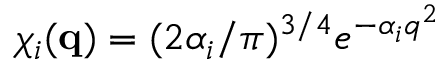
\chi _ { i } ( \ensuremath { \mathbf { q } } ) = ( 2 \alpha _ { i } / \pi ) ^ { 3 / 4 } e ^ { - \alpha _ { i } q ^ { 2 } }